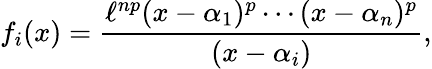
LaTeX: f_{i}(x)={\frac{\ell^{np}(x-\alpha_{1})^{p}\cdots(x-\alpha_{n})^{p}}{(x-\alpha_{i})}},